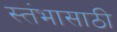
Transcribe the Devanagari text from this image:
स्तंभासाठी